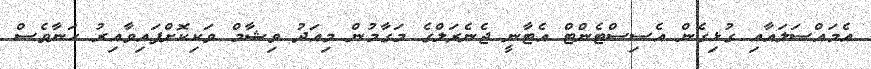
އެމައްސަލައާއި ގުޅިގެން އެސިސްޓެންޓް އެޓާނީ ޖެނެރަލްގެ މަގާމުން މިއަދު ވިޝާމް ވަކިކޮށްފައިވާއިރު ހަނާވެސް